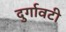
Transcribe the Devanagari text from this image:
दुर्गावटी